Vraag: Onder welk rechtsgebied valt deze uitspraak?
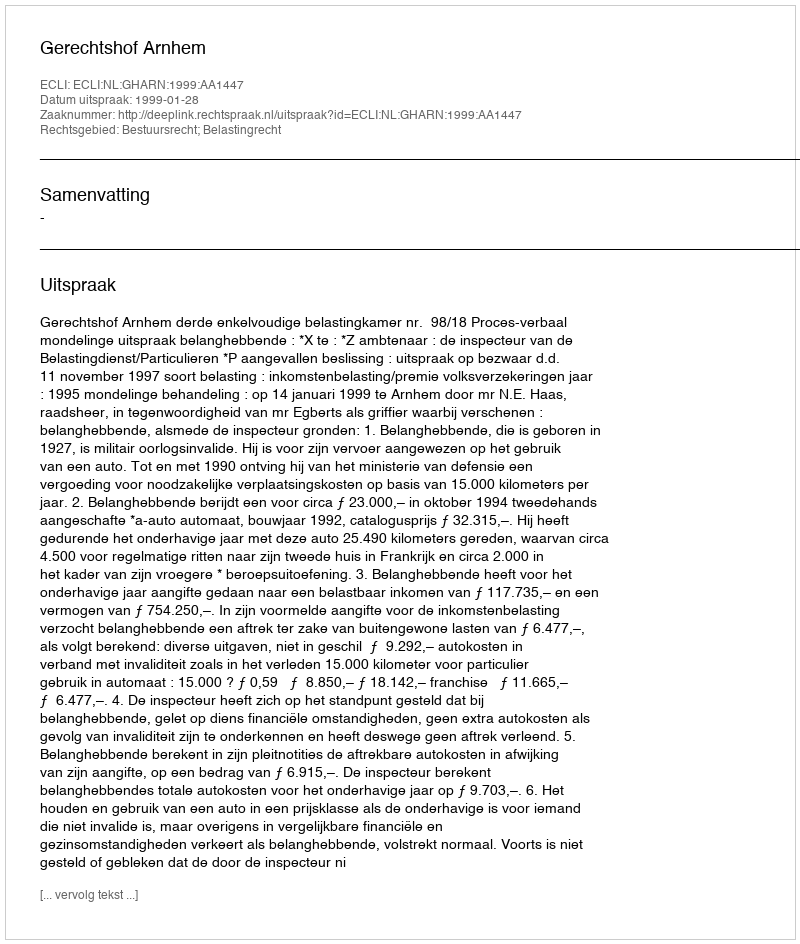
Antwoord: Bestuursrecht; Belastingrecht